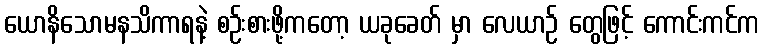
ယောနိသောမနသိကာရနဲ့ စဉ်းစားဖို့ကတော့ ယခုခေတ် မှာ လေယာဉ် တွေဖြင့် ကောင်းကင်က